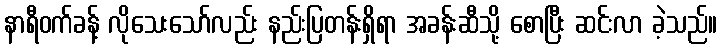
နာရီဝက်ခန့် လိုသေးသော်လည်း နည်းပြတန်းရှိရာ အခန်းဆီသို့ စောပြီး ဆင်းလာ ခဲ့သည်။